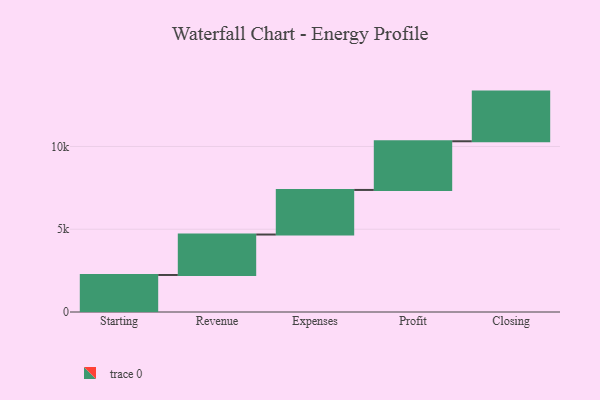
{"axis": {"x": "Step", "y": "Value"}, "legend": [""], "data": [{"x": "Starting", "y": 2237.0, "type": ""}, {"x": "Revenue", "y": 2443.0, "type": ""}, {"x": "Expenses", "y": 2694.0, "type": ""}, {"x": "Profit", "y": 2941.0, "type": ""}, {"x": "Closing", "y": 3000, "type": ""}]}